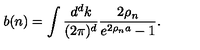
b ( n ) = \int { \frac { d ^ { d } k } { ( 2 \pi ) ^ { d } } } { \frac { 2 \rho _ { n } } { e ^ { 2 \rho _ { n } a } - 1 } } .